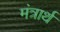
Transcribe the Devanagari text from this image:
मंत्रार्थ